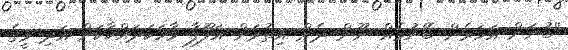
''ބުނަން އަހަރެން ބޭނުމެއް ނޫން ދެން އިތުރަށް އަލޫފާ ވާހަކަދައްކާކަށް އަދި މީގެ